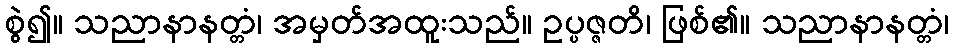
စွဲ၍။ သညာနာနတ္တံ၊ အမှတ်အထူးသည်။ ဥပ္ပဇ္ဇတိ၊ ဖြစ်၏။ သညာနာနတ္တံ၊